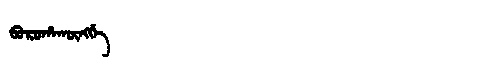
Manchu: ᠪᠣᡵᠣᡥᠠᡴᡡᠩᡤᡝ
Romanization: BOROHAKŪNGGE